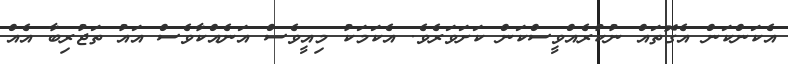
އެކަންކަން އެގޮތައް ނުކުރެއްވީސްކަން ކަށަވަރެވެ. އެކަމަކު މިއީވެސް އަނެއްކާވެސް އައު ތަޖުރިބާ އެއް